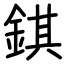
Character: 錤